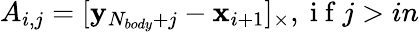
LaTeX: A_{i,j}=[\mathbf{y}_{N_{body}+j}-\mathbf{x}_{i+1}]_{\times},\mathrm{~i~f~}j>in